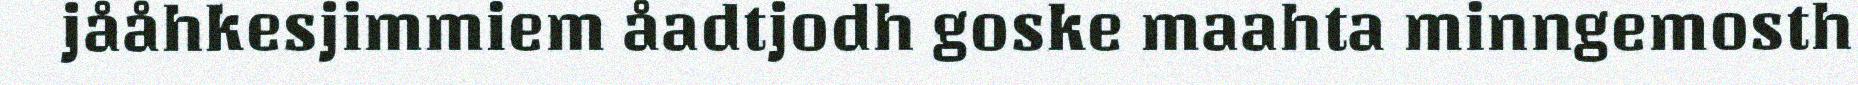
jååhkesjimmiem åadtjodh goske maahta minngemosth